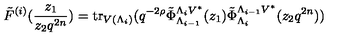
\tilde { F } ^ { ( i ) } ( \frac { z _ { 1 } } { z _ { 2 } q ^ { 2 n } } ) = \mathrm { t r } _ { V ( \Lambda _ { i } ) } ( q ^ { - 2 \rho } \tilde { \Phi } _ { \Lambda _ { i - 1 } } ^ { \Lambda _ { i } V ^ { * } } ( z _ { 1 } ) \tilde { \Phi } _ { \Lambda _ { i } } ^ { \Lambda _ { i - 1 } V ^ { * } } ( z _ { 2 } q ^ { 2 n } ) )